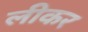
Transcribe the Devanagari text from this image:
लीकर